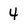
Character: 4